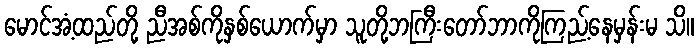
မောင်အံ့ထည်တို့ ညီအစ်ကိုနှစ်ယောက်မှာ သူတို့ဘကြီးတော်ဘာကိုကြည့်နေမှန်းမ သိ။